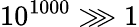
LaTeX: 10^{1000}\ggg 1